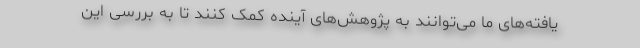
یافته‌های ما می‌توانند به پژوهش‌های آینده کمک کنند تا به بررسی این